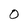
Character: 0